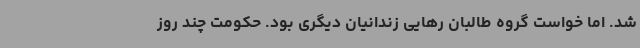
شد. اما خواست گروه طالبان رهایی زندانیان دیگری بود. حکومت چند روز